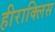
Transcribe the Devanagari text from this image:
हीराक्लिस